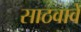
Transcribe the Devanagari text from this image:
साठवावे